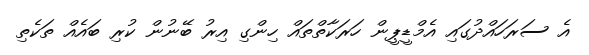
އެ ސަރަހައްދުގައި އެމްޑީޕީން ހަރަކާތްތައް ހިންގި އިރު ބޭނުން ކުރި ބައެއް ތަކެތި